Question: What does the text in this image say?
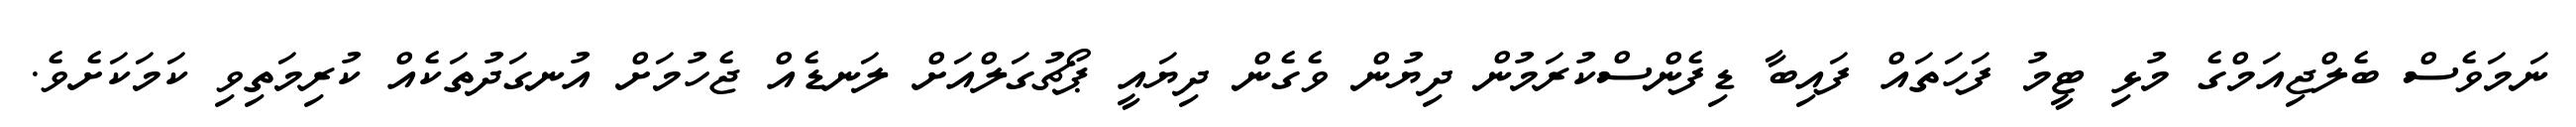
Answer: ނަމަވެސް ބެލްޖިއަމްގެ މުޅި ޓީމު ފަހަތައް ފައިބާ ޑިފެންސްކުރަމުން ދިޔުން ވެގެން ދިޔައީ ޕޯޗުގަލްއަށް ލަނޑެއް ޖެހުމަށް އުނގަދުތަކެއް ކުރިމަތިވި ކަމަކަށެވެ.